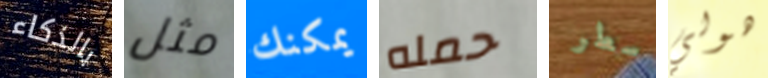
بالذكاء مثل يمكنك حمله سطر هولي